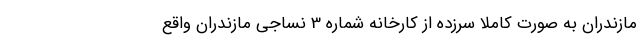
مازندران ‌به صورت کاملا‌ سرزده از کارخانه شماره 3 نساجی مازندران واقع